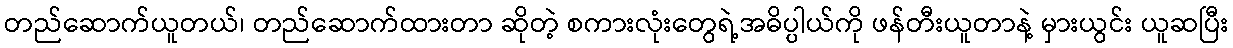
တည်ဆောက်ယူတယ်၊ တည်ဆောက်ထားတာ ဆိုတဲ့ စကားလုံးတွေရဲ့အဓိပ္ပါယ်ကို ဖန်တီးယူတာနဲ့ မှားယွင်း ယူဆပြီး